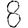
Digit: 8